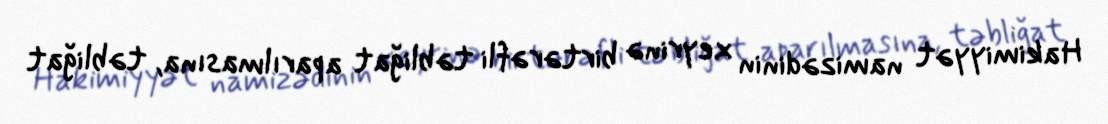
Hakimiyyət namizədinin xeyrinə birtərəfli təbliğat aparılmasına, təbliğat